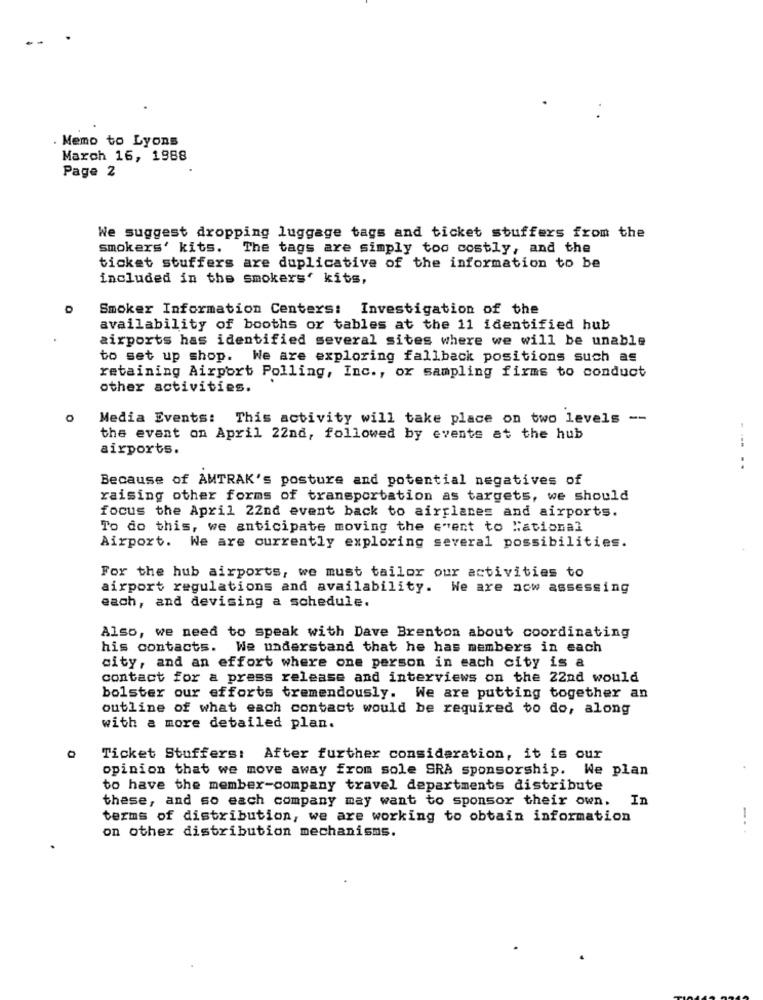
. Memo to Lyons
March 16, 1988
Page 2
We suggest dropping luggage tags and ticket stuffers from the
smokers' kits. The tags are simply too costly, and the
ticket stuffers are duplicative of the information to be
included in the smokers' kits,
Smoker Information Centers: Investigation of the
availability of booths or tables at the 11 identified hub
airports has identified several sites where we will be unable
to set up shop. We are exploring fallback positions such as
retaining Airport Polling, Inc ., or sampling firms to conduct
other activities.
Media Events: This activity will take place on two levels --
the event on April 22nd, followed by events at the hub
airports.
..
Because of AMTRAK's posture and potential negatives of
raising other forms of transportation as targets, we should
focus the April 22nd event back to airplanes and airports.
To do this, we anticipate moving the event to "ational
Airport. We are currently exploring several possibilities.
For the hub airports, we must tailor our activities to
airport regulations and availability. We are now assessing
each, and devising a schedule.
Also, we need to speak with Dave Brenton about coordinating
his contacts. We understand that he has members in each
city, and an effort where one person in each city is a
contact for a press release and interviews on the 22nd would
bolster our efforts tremendously. We are putting together an
outline of what each contact would be required to do, along
with a more detailed plan.
Ticket Stuffers: After further consideration, it is our
opinion that we move away from sole SRA sponsorship. We plan
to have the member-company travel departments distribute
these, and so each company may want to sponsor their own.
In
terms of distribution, we are working to obtain information
on other distribution mechanisms.